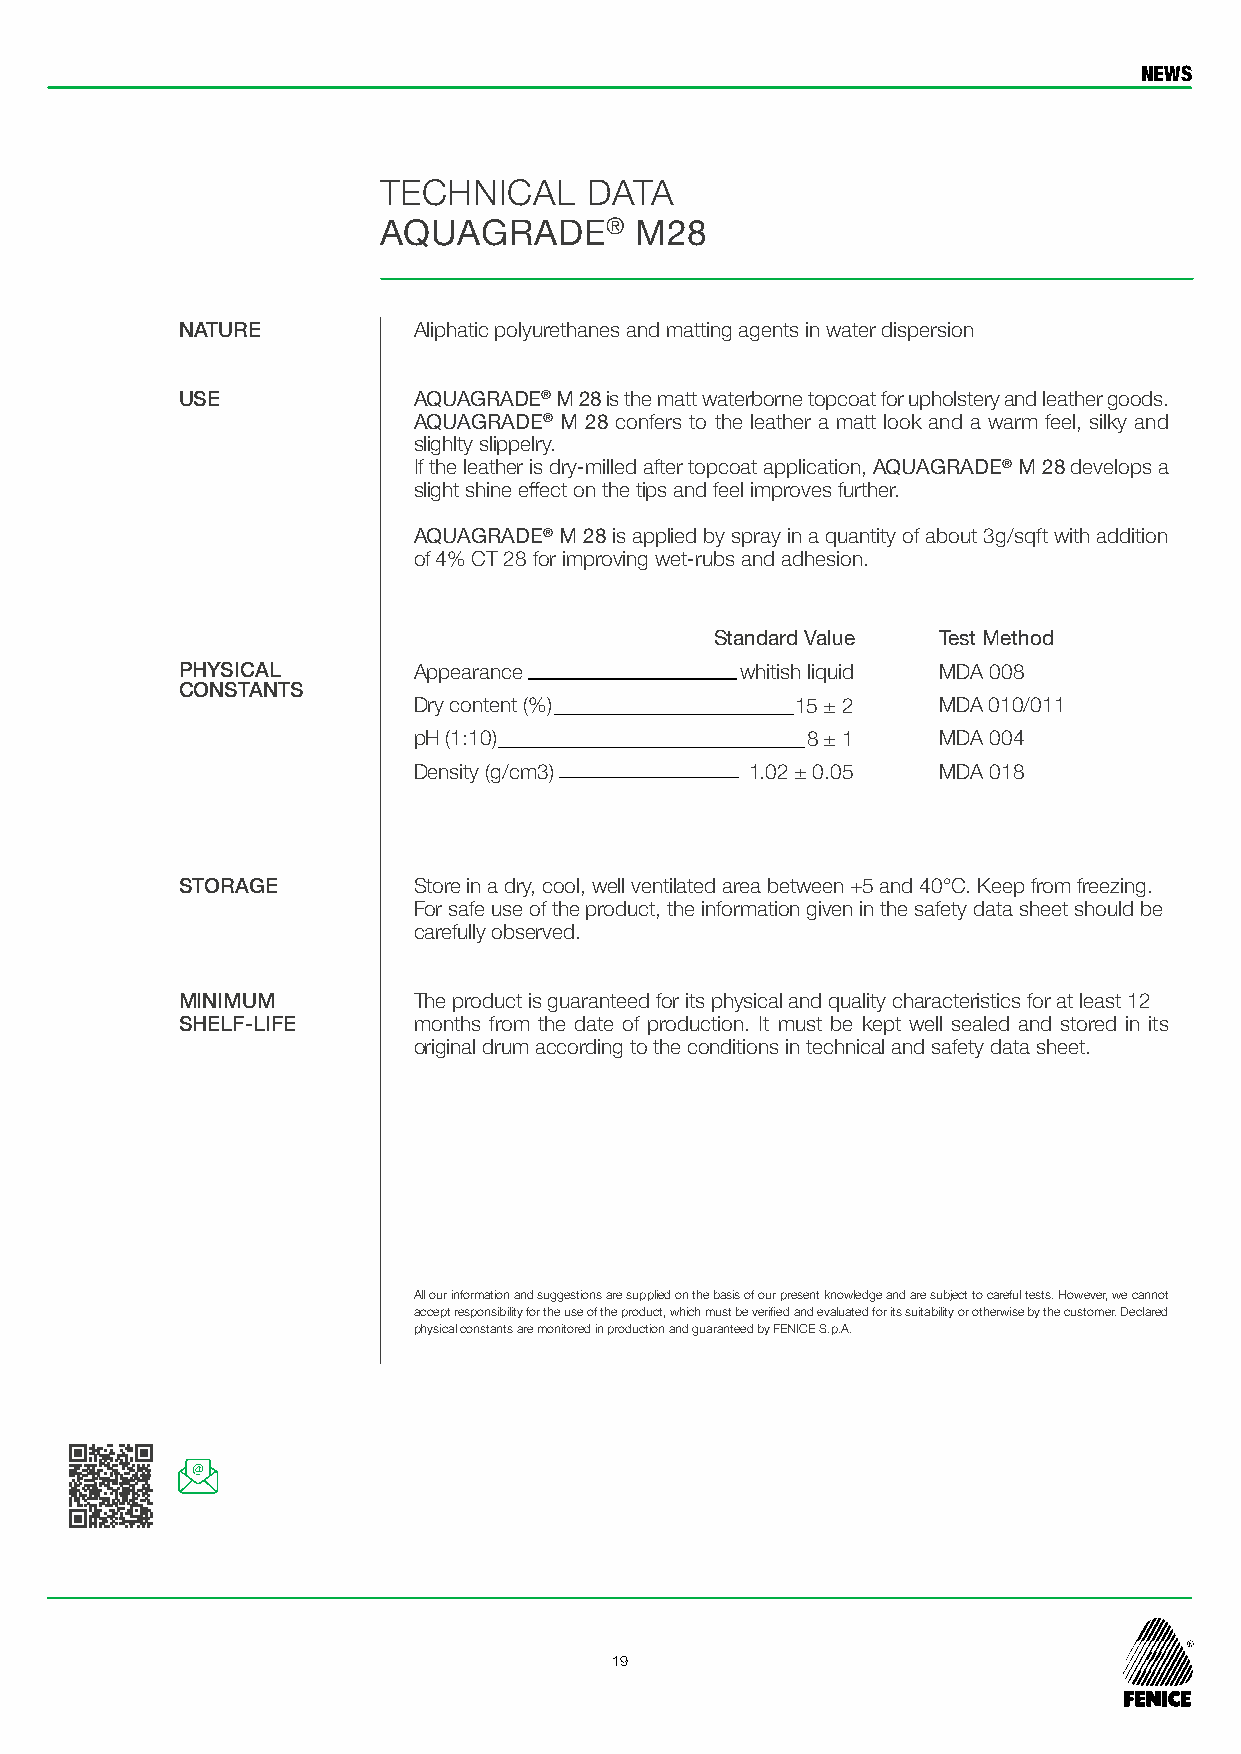
NEWS
 TECHNICAL     DATA
 AQUAGRADE®       M28
 NATURE         Aliphatic polyurethanes and matting agents in water dispersion
 USE            AQUAGRADE® M 28 is the matt waterborne topcoat for upholstery and leather goods.
 AQUAGRADE® M 28 confers to the leather a matt look and a warm feel, silky and
 slighlty slippelry.
 If the leather is dry-milled after topcoat application, AQUAGRADE® M 28 develops a
 slight shine effect on the tips and feel improves further.
 AQUAGRADE® M 28 is applied by spray in a quantity of about 3g/sqft with addition
 of 4% CT 28 for improving wet-rubs and adhesion.
 Standard Value Test Method
 PHYSICAL       Appearance            whitis h liquid MDA 008
 CONSTANTS
 Dry content (%)           15 ± 2   MDA 010/011
 pH (1:10)                 8 ± 1    MDA 004
 Density (g/cm3)        1.02 ± 0.05 MDA 018
 STORAGE        Store in a dry, cool, well ventilated area between +5 and 40°C. Keep from freezing.
 For safe use of the product, the information given in the safety data sheet should be
 carefully observed.
 MINIMUM        The product is guaranteed for its physical and quality characteristics for at least 12
 SHELF-LIFE     months from the date of production. It must be kept well sealed and stored in its
 original drum according to the conditions in technical and safety data sheet.
 All our information and suggestions are supplied on the basis of our present knowledge and are subject to careful tests. However, we cannot
 accept responsibility for the use of the product, which must be verified and evaluated for its suitability or otherwise by the customer. Declared
 physical constants are monitored in production and guaranteed by FENICE S.p.A.
 19